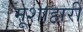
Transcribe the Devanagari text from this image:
मूशाहारी